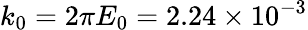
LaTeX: k_{0}=2\pi E_{0}=2.24\times 10^{-3}